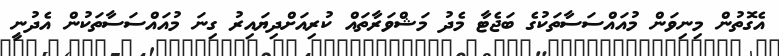
އެގޮތުން މިނިވަން މުއައްސަސާތަކުގެ ބަޖެޓާ މެދު މަޝްވަރާތައް ކުރިއަށްދިޔައިރު ގިނަ މުއައްސަސާތަކުން އެދުނީ